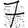
Digit: 7